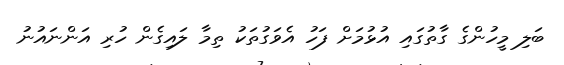
ބަލި މީހުންގެ ގާތުގައި އުޅުމަށް ފަހު އެވަގުތަކު ތިމާ ލައިގެން ހުރި އަންނައުނު